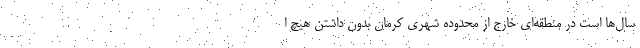
سال‌ها است در منطقه‌ای خارج از محدوده شهری کرمان بدون داشتن هیچ ا